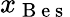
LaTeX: x_{\mathrm{~B~e~s~}}